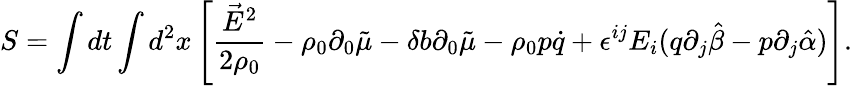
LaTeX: S=\int dt\int d^{2}x\left[\frac{\vec{E}^{2}}{2\rho_{0}}-\rho_{0}\partial_{0}\tilde{\mu}-\delta b\partial_{0}\tilde{\mu}-\rho_{0}p\dot{q}+\epsilon^{ij}E_{i}(q\partial_{j}\hat{\beta}-p\partial_{j}\hat{\alpha})\right].